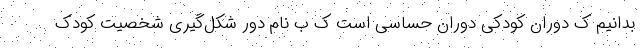
بدانیم ک دوران کودکی دوران حساسی است ک ب نام دور شکل‌گیری شخصیت کودک